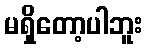
မရှိတော့ပါဘူး